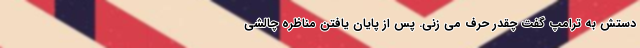
دستش به ترامپ گفت چقدر حرف می زنی. پس از پایان یافتن مناظره چالشی